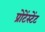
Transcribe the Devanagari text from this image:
प्रोटेंस्टेंट